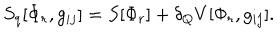
S _ { q } [ \Phi _ { r } , g _ { i j } ] = S [ \Phi _ { r } ] + \delta _ { Q } V [ \Phi _ { r } , g _ { i j } ] .